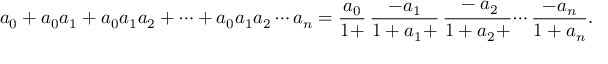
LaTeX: a _ { 0 } + a _ { 0 } a _ { 1 } + a _ { 0 } a _ { 1 } a _ { 2 } + \cdots + a _ { 0 } a _ { 1 } a _ { 2 } \cdots a _ { n } = { \frac { a _ { 0 } } { 1 + } } \, { \frac { - a _ { 1 } } { 1 + a _ { 1 } + } } \, { \cfrac { - a _ { 2 } } { 1 + a _ { 2 } + } } \cdots { \frac { - a _ { n } } { 1 + a _ { n } } } .